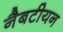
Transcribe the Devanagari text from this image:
नैबटीयन